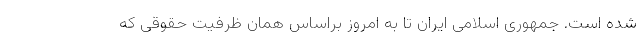
شده است. جمهوری اسلامی ایران تا به امروز براساس همان ظرفیت حقوقی که